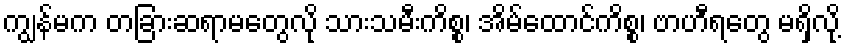
ကျွန်မက တခြားဆရာမတွေလို သားသမီးကိစ္စ၊ အိမ်ထောင်ကိစ္စ၊ ဗာဟီရတွေ မရှိလို့